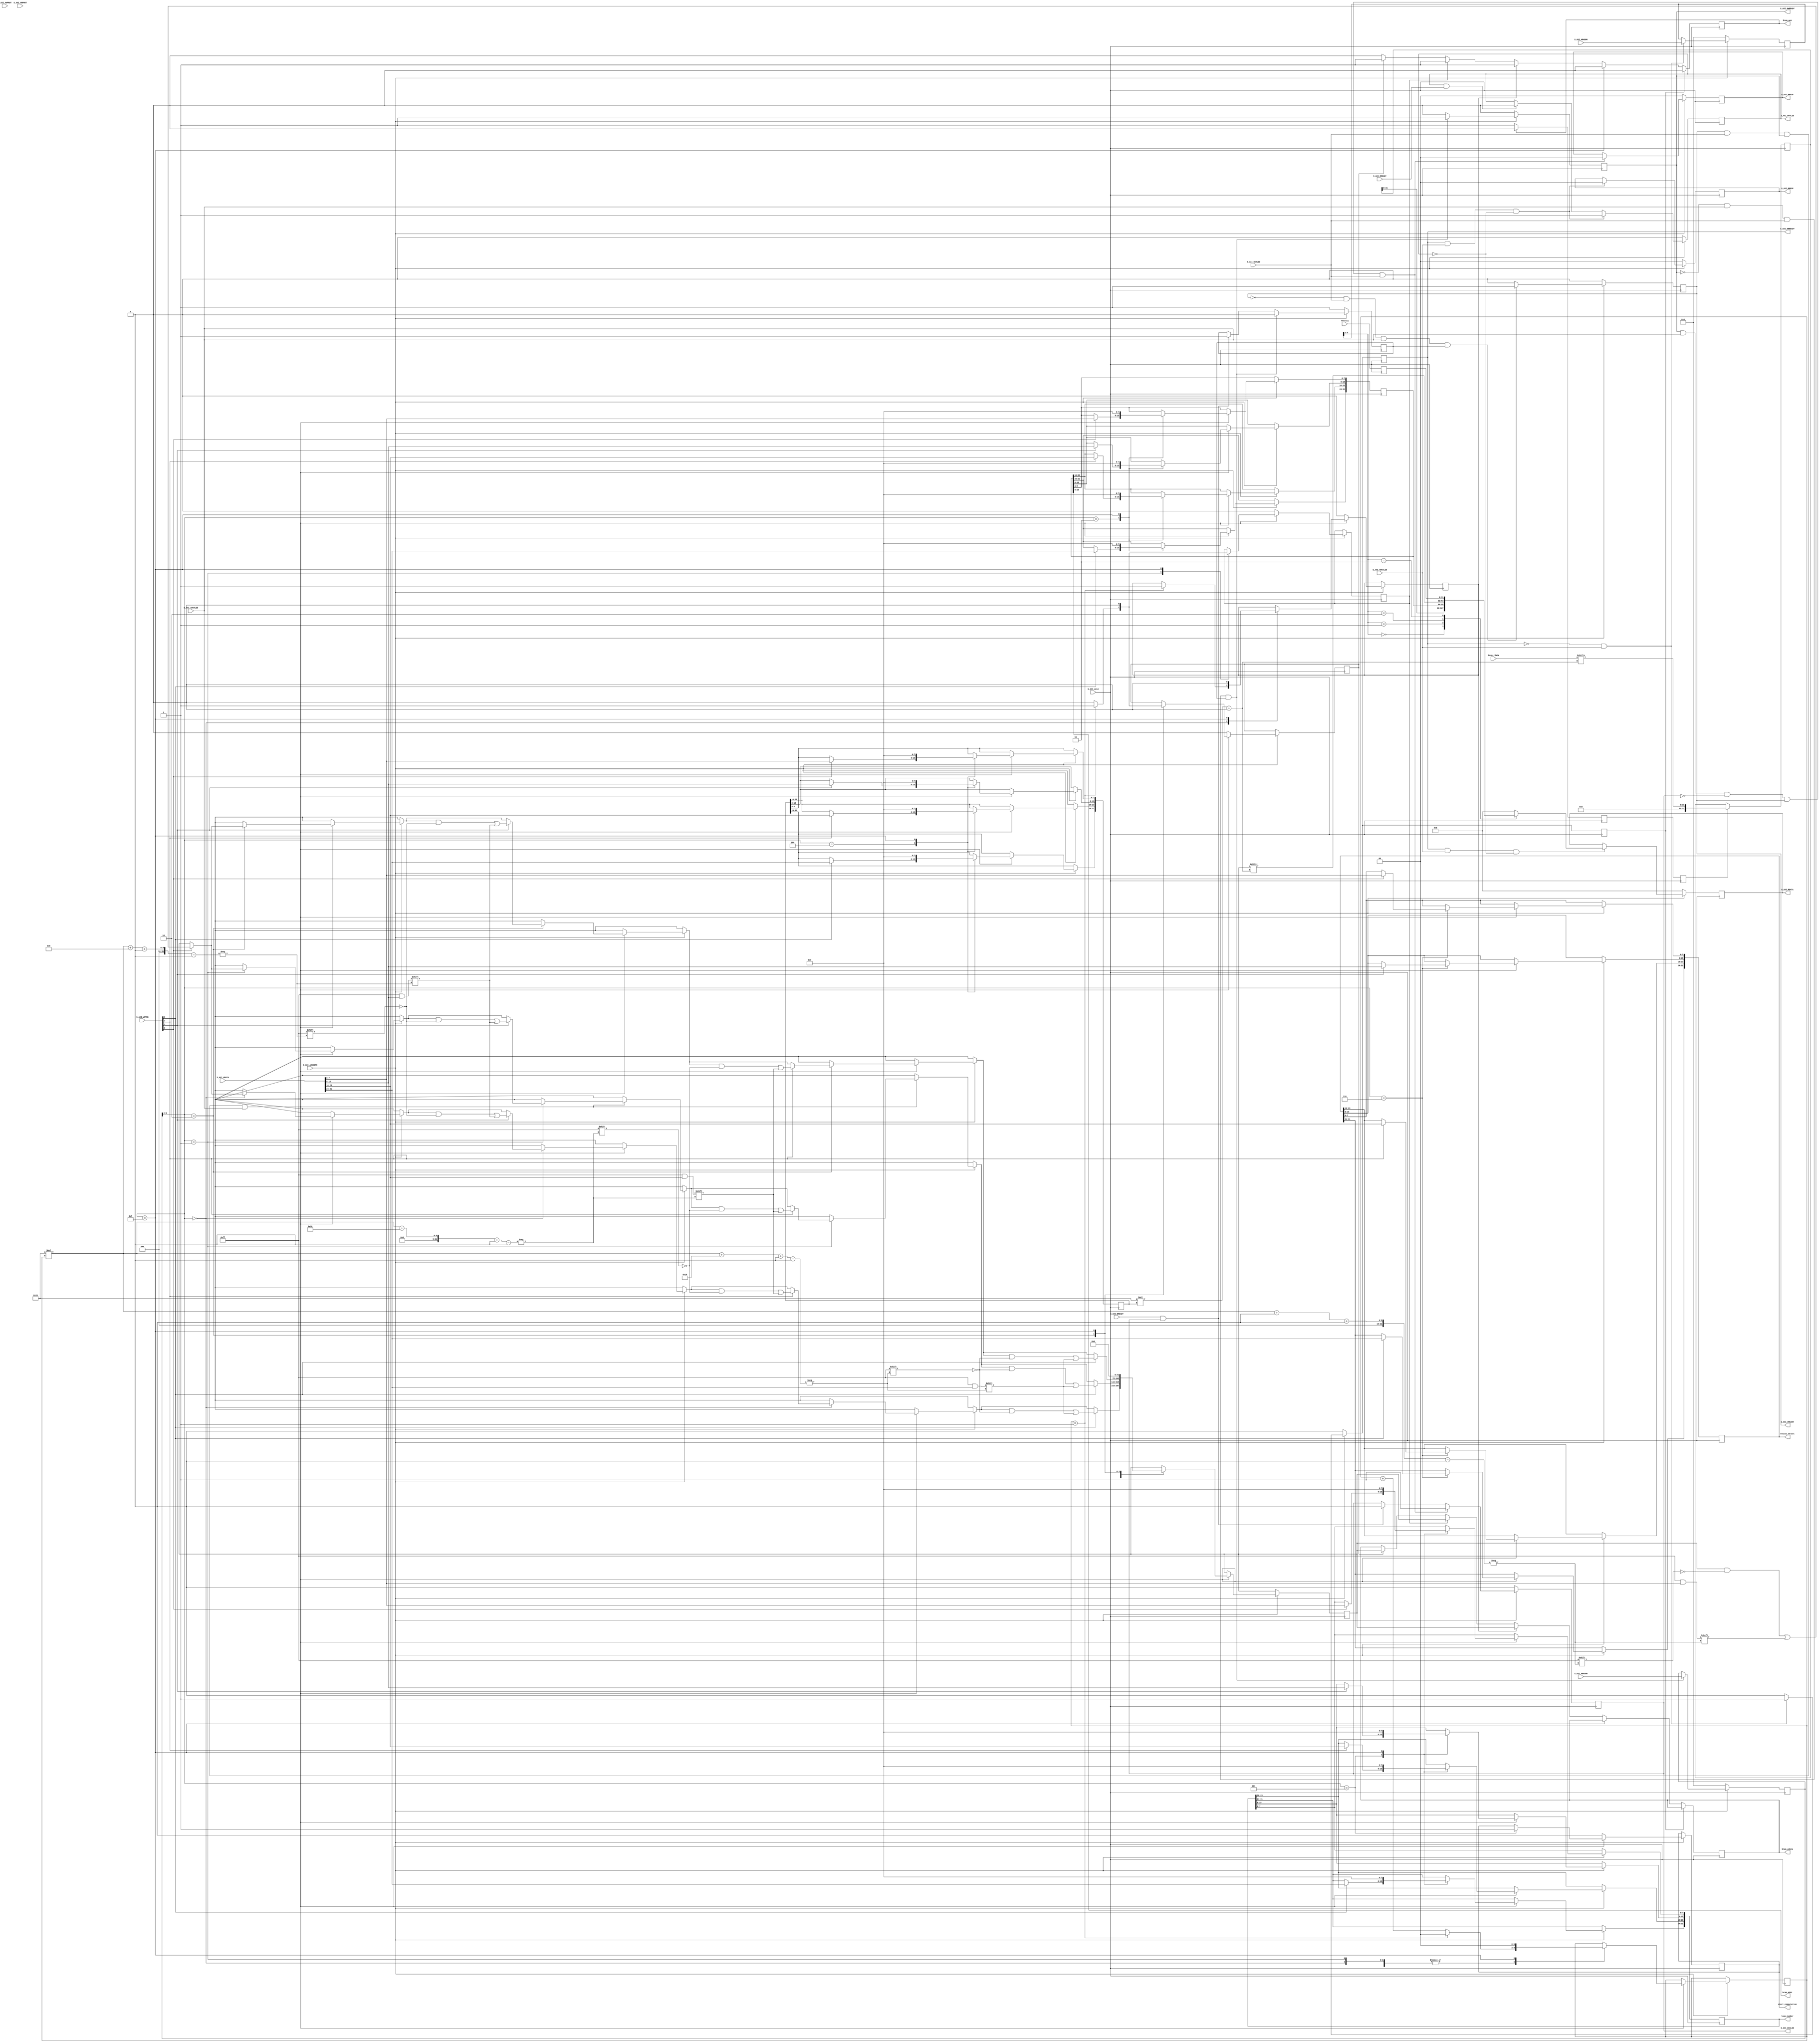

`timescale 1 ns / 1 ps

	module address_op16_100by100_v1_0_S00_AXI #
	(
		// Users to add parameters here

		// User parameters ends
		// Do not modify the parameters beyond this line

		// Width of S_AXI data bus
		parameter integer C_S_AXI_DATA_WIDTH	= 32,
		// Width of S_AXI address bus
		parameter integer C_S_AXI_ADDR_WIDTH	= 6,
		///////////////////////my parameters
		parameter integer URAM_LEN = 72, // make sure URAM_LEN % 72 = 0
        parameter integer MAX_HOLDER_COUNTER = 2, // 64/32
        parameter integer HOLDER_COUNTER_BIT = 2,
        parameter integer ADDR_BIT = 11
	)
	(
		// Users to add ports here

		// User ports ends
		// Do not modify the ports beyond this line

		// Global Clock Signal
		input wire  S_AXI_ACLK,
		// Global Reset Signal. This Signal is Active LOW
		input wire  S_AXI_ARESETN,
		// Write address (issued by master, acceped by Slave)
		input wire [C_S_AXI_ADDR_WIDTH-1 : 0] S_AXI_AWADDR,
		// Write channel Protection type. This signal indicates the
    		// privilege and security level of the transaction, and whether
    		// the transaction is a data access or an instruction access.
		input wire [2 : 0] S_AXI_AWPROT,
		// Write address valid. This signal indicates that the master signaling
    		// valid write address and control information.
		input wire  S_AXI_AWVALID,
		// Write address ready. This signal indicates that the slave is ready
    		// to accept an address and associated control signals.
		output wire  S_AXI_AWREADY,
		// Write data (issued by master, acceped by Slave) 
		input wire [C_S_AXI_DATA_WIDTH-1 : 0] S_AXI_WDATA,
		// Write strobes. This signal indicates which byte lanes hold
    		// valid data. There is one write strobe bit for each eight
    		// bits of the write data bus.    
		input wire [(C_S_AXI_DATA_WIDTH/8)-1 : 0] S_AXI_WSTRB,
		// Write valid. This signal indicates that valid write
    		// data and strobes are available.
		input wire  S_AXI_WVALID,
		// Write ready. This signal indicates that the slave
    		// can accept the write data.
		output wire  S_AXI_WREADY,
		// Write response. This signal indicates the status
    		// of the write transaction.
		output wire [1 : 0] S_AXI_BRESP,
		// Write response valid. This signal indicates that the channel
    		// is signaling a valid write response.
		output wire  S_AXI_BVALID,
		// Response ready. This signal indicates that the master
    		// can accept a write response.
		input wire  S_AXI_BREADY,
		// Read address (issued by master, acceped by Slave)
		input wire [C_S_AXI_ADDR_WIDTH-1 : 0] S_AXI_ARADDR,
		// Protection type. This signal indicates the privilege
    		// and security level of the transaction, and whether the
    		// transaction is a data access or an instruction access.
		input wire [2 : 0] S_AXI_ARPROT,
		// Read address valid. This signal indicates that the channel
    		// is signaling valid read address and control information.
		input wire  S_AXI_ARVALID,
		// Read address ready. This signal indicates that the slave is
    		// ready to accept an address and associated control signals.
		output wire  S_AXI_ARREADY,
		// Read data (issued by slave)
		output wire [C_S_AXI_DATA_WIDTH-1 : 0] S_AXI_RDATA,
		// Read response. This signal indicates the status of the
    		// read transfer.
		output wire [1 : 0] S_AXI_RRESP,
		// Read valid. This signal indicates that the channel is
    		// signaling the required read data.
		output wire  S_AXI_RVALID,
		// Read ready. This signal indicates that the master can
    		// accept the read data and response information.
		input wire  S_AXI_RREADY,
		// below are my additionals
		output wire bram_wen,
		output wire [ADDR_BIT-1:0] bram_addr,
		output wire [URAM_LEN-1:0] bram_wdata,
		output wire start_computation,
		output wire [C_S_AXI_DATA_WIDTH-1:0] loop_number,
		output wire [C_S_AXI_DATA_WIDTH-1:0] result_select,
		input wire [URAM_LEN-1:0] bram_rdata,
//		input wire resultready,
		input wire [C_S_AXI_DATA_WIDTH-1:0] result1
		
	);
	////////////////////////////////////////////////////////////////
	// my definitions:
	reg [URAM_LEN-1:0] holder = 0;
	reg [HOLDER_COUNTER_BIT-1:0] holder_counter=0; // count where to put new data into holder
	reg uram_counter=0; // used when having multiple URAMS
	reg [URAM_LEN-1:0] pipelined_output = 0;
    reg bram_wen_reg=0;
	reg [C_S_AXI_DATA_WIDTH-1:0] bram_addr_reg=0;
	reg [URAM_LEN-1:0] bram_wdata_reg = 0;
	reg outputReady_bram=0;
	reg outputReady_noise=0;
	reg outputReady_th=0;
	reg read_pipeline_reg1 = 0;
	reg read_pipeline_reg2 = 0;
	reg [C_S_AXI_DATA_WIDTH-1:0] loop_number_reg = 10;
	assign loop_number = loop_number_reg;
//	reg debug_read = 0;
//	wire [URAM_LEN-1:0]debug_wire;
//	assign debug_wire = holder;
//	integer debug_reg_number = 3;
	reg read_addr_assigned=0;
	reg [C_S_AXI_DATA_WIDTH-1:0] read_byte_select=0;
	reg [C_S_AXI_DATA_WIDTH-1:0] result1_reg=0;
	reg start_computation_reg=0;
	assign start_computation = start_computation_reg;
	reg [C_S_AXI_DATA_WIDTH-1:0] result_select_reg=0;
	assign result_select=result_select_reg;
	/////////////////////////////////////////////////////////////////
	

	// AXI4LITE signals
	reg [C_S_AXI_ADDR_WIDTH-1 : 0] 	axi_awaddr;
	reg  	axi_awready;
	reg  	axi_wready;
	reg [1 : 0] 	axi_bresp;
	reg  	axi_bvalid;
	reg [C_S_AXI_ADDR_WIDTH-1 : 0] 	axi_araddr;
	reg  	axi_arready;
	reg [C_S_AXI_DATA_WIDTH-1 : 0] 	axi_rdata;
	reg [1 : 0] 	axi_rresp;
	reg  	axi_rvalid;

	// Example-specific design signals
	// local parameter for addressing 32 bit / 64 bit C_S_AXI_DATA_WIDTH
	// ADDR_LSB is used for addressing 32/64 bit registers/memories
	// ADDR_LSB = 2 for 32 bits (n downto 2)
	// ADDR_LSB = 3 for 64 bits (n downto 3)
	localparam integer ADDR_LSB = (C_S_AXI_DATA_WIDTH/32) + 1;
	localparam integer OPT_MEM_ADDR_BITS = 3;
	//----------------------------------------------
	//-- Signals for user logic register space example
	//------------------------------------------------
	//-- Number of Slave Registers 16
//	reg [C_S_AXI_DATA_WIDTH-1:0]	slv_reg0;
//	reg [C_S_AXI_DATA_WIDTH-1:0]	slv_reg1;
//	reg [C_S_AXI_DATA_WIDTH-1:0]	slv_reg2;
//	reg [C_S_AXI_DATA_WIDTH-1:0]	slv_reg3;
//	reg [C_S_AXI_DATA_WIDTH-1:0]	slv_reg4;
//	reg [C_S_AXI_DATA_WIDTH-1:0]	slv_reg5;
//	reg [C_S_AXI_DATA_WIDTH-1:0]	slv_reg6;
//	reg [C_S_AXI_DATA_WIDTH-1:0]	slv_reg7;
//	reg [C_S_AXI_DATA_WIDTH-1:0]	slv_reg8;
//	reg [C_S_AXI_DATA_WIDTH-1:0]	slv_reg9;
//	reg [C_S_AXI_DATA_WIDTH-1:0]	slv_reg10;
//	reg [C_S_AXI_DATA_WIDTH-1:0]	slv_reg11;
//	reg [C_S_AXI_DATA_WIDTH-1:0]	slv_reg12;
//	reg [C_S_AXI_DATA_WIDTH-1:0]	slv_reg13;
//	reg [C_S_AXI_DATA_WIDTH-1:0]	slv_reg14;
//	reg [C_S_AXI_DATA_WIDTH-1:0]	slv_reg15;
	wire	 slv_reg_rden;
	wire	 slv_reg_wren;
	reg [C_S_AXI_DATA_WIDTH-1:0]	 reg_data_out;
	integer	 byte_index;
	reg	 aw_en;

	// I/O Connections assignments

	assign S_AXI_AWREADY	= axi_awready;
	assign S_AXI_WREADY	= axi_wready;
	assign S_AXI_BRESP	= axi_bresp;
	assign S_AXI_BVALID	= axi_bvalid;
	assign S_AXI_ARREADY	= axi_arready;
	assign S_AXI_RDATA	= axi_rdata;
	assign S_AXI_RRESP	= axi_rresp;
	assign S_AXI_RVALID	= axi_rvalid;
	// Implement axi_awready generation
	// axi_awready is asserted for one S_AXI_ACLK clock cycle when both
	// S_AXI_AWVALID and S_AXI_WVALID are asserted. axi_awready is
	// de-asserted when reset is low.

	always @( posedge S_AXI_ACLK )
	begin
	  if ( S_AXI_ARESETN == 1'b0 )
	    begin
	      axi_awready <= 1'b0;
	      aw_en <= 1'b1;
	    end 
	  else
	    begin    
	      if (~axi_awready && S_AXI_AWVALID && S_AXI_WVALID && aw_en)
	        begin
	          // slave is ready to accept write address when 
	          // there is a valid write address and write data
	          // on the write address and data bus. This design 
	          // expects no outstanding transactions. 
	          axi_awready <= 1'b1;
	          aw_en <= 1'b0;
	        end
	        else if (S_AXI_BREADY && axi_bvalid)
	            begin
	              aw_en <= 1'b1;
	              axi_awready <= 1'b0;
	            end
	      else           
	        begin
	          axi_awready <= 1'b0;
	        end
	    end 
	end       

	// Implement axi_awaddr latching
	// This process is used to latch the address when both 
	// S_AXI_AWVALID and S_AXI_WVALID are valid. 

	always @( posedge S_AXI_ACLK )
	begin
	  if ( S_AXI_ARESETN == 1'b0 )
	    begin
	      axi_awaddr <= 0;
	    end 
	  else
	    begin    
	      if (~axi_awready && S_AXI_AWVALID && S_AXI_WVALID && aw_en)
	        begin
	          // Write Address latching 
	          axi_awaddr <= S_AXI_AWADDR;
	        end
	    end 
	end       

	// Implement axi_wready generation
	// axi_wready is asserted for one S_AXI_ACLK clock cycle when both
	// S_AXI_AWVALID and S_AXI_WVALID are asserted. axi_wready is 
	// de-asserted when reset is low. 

	always @( posedge S_AXI_ACLK )
	begin
	  if ( S_AXI_ARESETN == 1'b0 )
	    begin
	      axi_wready <= 1'b0;
	    end 
	  else
	    begin    
	      if (~axi_wready && S_AXI_WVALID && S_AXI_AWVALID && aw_en )
	        begin
	          // slave is ready to accept write data when 
	          // there is a valid write address and write data
	          // on the write address and data bus. This design 
	          // expects no outstanding transactions. 
	          axi_wready <= 1'b1;
	        end
	      else
	        begin
	          axi_wready <= 1'b0;
	        end
	    end 
	end       

	// Implement memory mapped register select and write logic generation
	// The write data is accepted and written to memory mapped registers when
	// axi_awready, S_AXI_WVALID, axi_wready and S_AXI_WVALID are asserted. Write strobes are used to
	// select byte enables of slave registers while writing.
	// These registers are cleared when reset (active low) is applied.
	// Slave register write enable is asserted when valid address and data are available
	// and the slave is ready to accept the write address and write data.
	assign slv_reg_wren = axi_wready && S_AXI_WVALID && axi_awready && S_AXI_AWVALID;

	always @( posedge S_AXI_ACLK )
	begin
	  if ( S_AXI_ARESETN == 1'b0 )
	    begin
//	      slv_reg0 <= 0;
//	      slv_reg1 <= 0;
//	      slv_reg2 <= 0;
//	      slv_reg3 <= 0;
//	      slv_reg4 <= 0;
//	      slv_reg5 <= 0;
//	      slv_reg6 <= 0;
//	      slv_reg7 <= 0;
//	      slv_reg8 <= 0;
//	      slv_reg9 <= 0;
//	      slv_reg10 <= 0;
//	      slv_reg11 <= 0;
//	      slv_reg12 <= 0;
//	      slv_reg13 <= 0;
//	      slv_reg14 <= 0;
//	      slv_reg15 <= 0;
	    end 
	  else begin
	    if (slv_reg_wren)
	      begin
	        case ( axi_awaddr[ADDR_LSB+OPT_MEM_ADDR_BITS:ADDR_LSB] )
                4'h0: // writing to bram_of_matrix
                    begin
                        if(holder_counter == MAX_HOLDER_COUNTER-1) begin
                            holder_counter <= 0;
                            outputReady_bram <=1'b1;
                        end else begin 
//                            outputReady_bram <=1'b0;
                            holder_counter <= holder_counter + 1;
                        end
                        for (byte_index = 0; byte_index <= (C_S_AXI_DATA_WIDTH/8)-1; byte_index = byte_index+1)
                           if ( S_AXI_WSTRB[byte_index] == 1 ) begin
                                holder[C_S_AXI_DATA_WIDTH*holder_counter+(byte_index*8) +: 8] <= S_AXI_WDATA[(byte_index*8) +: 8];
                           end
                    end
                4'h1: // writing to bram_of_noise
                    begin
                        if(holder_counter == MAX_HOLDER_COUNTER-1) begin
                            holder_counter <= 0;
                            outputReady_noise <=1'b1;
                        end else begin 
                            outputReady_noise <=1'b0;
                            holder_counter <= holder_counter + 1;
                        end
                        for (byte_index = 0; byte_index <= (C_S_AXI_DATA_WIDTH/8)-1; byte_index = byte_index+1)
                           if ( S_AXI_WSTRB[byte_index] == 1 ) begin
                                holder[C_S_AXI_DATA_WIDTH*holder_counter+(byte_index*8) +: 8] <= S_AXI_WDATA[(byte_index*8) +: 8];
                           end
                    end
                4'h2: // writing to bram_of_threshold
                    begin
                        if(holder_counter == MAX_HOLDER_COUNTER-1) begin
                            holder_counter <= 0;
                            outputReady_th <=1'b1;
                        end else begin 
                            outputReady_th <=1'b0;
                            holder_counter <= holder_counter + 1;
                        end
                        for (byte_index = 0; byte_index <= (C_S_AXI_DATA_WIDTH/8)-1; byte_index = byte_index+1)
                           if ( S_AXI_WSTRB[byte_index] == 1 ) begin
                                holder[C_S_AXI_DATA_WIDTH*holder_counter+(byte_index*8) +: 8] <= S_AXI_WDATA[(byte_index*8) +: 8];
                           end
                    end
                4'h3: // writing to bram_addr_reg
                    begin
                        for (byte_index = 0; byte_index <= (C_S_AXI_DATA_WIDTH/8)-1; byte_index = byte_index+1)
                           if ( S_AXI_WSTRB[byte_index] == 1 ) begin
                                bram_addr_reg[(byte_index*8) +: 8] <= S_AXI_WDATA[(byte_index*8) +: 8];
                           end
                    end
                4'h4: // writing to read_byte_select
                    begin
                        for (byte_index = 0; byte_index <= (C_S_AXI_DATA_WIDTH/8)-1; byte_index = byte_index+1)
                           if ( S_AXI_WSTRB[byte_index] == 1 ) begin
                                read_byte_select[(byte_index*8) +: 8] <= S_AXI_WDATA[(byte_index*8) +: 8];
                           end
                    end
                4'h5: // writing to read_byte_select
                    begin
                        start_computation_reg <= 1'b1;
                        for (byte_index = 0; byte_index <= (C_S_AXI_DATA_WIDTH/8)-1; byte_index = byte_index+1)
                           if ( S_AXI_WSTRB[byte_index] == 1 ) begin
                                loop_number_reg[(byte_index*8) +: 8] <= S_AXI_WDATA[(byte_index*8) +: 8];
                           end
                    end
                4'h6:
                    begin
                        for (byte_index = 0; byte_index <= (C_S_AXI_DATA_WIDTH/8)-1; byte_index = byte_index+1)
                           if ( S_AXI_WSTRB[byte_index] == 1 ) begin
                                result_select_reg[(byte_index*8) +: 8] <= S_AXI_WDATA[(byte_index*8) +: 8];
                           end
                    end
                4'hF: // reset all
                    begin
                       holder <= 0;
                       holder_counter <= 0;
                       outputReady_bram<=0;
                       outputReady_th<=0;
                       outputReady_noise<=0;
                       read_byte_select<=0;
                       bram_addr_reg<=0;
                       loop_number_reg<=0;
                    end
            endcase
	      end
	    else begin
	       start_computation_reg <= 1'b0;
	       outputReady_bram <=1'b0;
	       outputReady_noise <=1'b0;
	       outputReady_th <=1'b0;
	    end
	  end
	end    

	// Implement write response logic generation
	// The write response and response valid signals are asserted by the slave 
	// when axi_wready, S_AXI_WVALID, axi_wready and S_AXI_WVALID are asserted.  
	// This marks the acceptance of address and indicates the status of 
	// write transaction.

	always @( posedge S_AXI_ACLK )
	begin
	  if ( S_AXI_ARESETN == 1'b0 )
	    begin
	      axi_bvalid  <= 0;
	      axi_bresp   <= 2'b0;
	    end 
	  else
	    begin    
	      if (axi_awready && S_AXI_AWVALID && ~axi_bvalid && axi_wready && S_AXI_WVALID)
	        begin
	          // indicates a valid write response is available
	          axi_bvalid <= 1'b1;
	          axi_bresp  <= 2'b0; // 'OKAY' response 
	        end                   // work error responses in future
	      else
	        begin
	          if (S_AXI_BREADY && axi_bvalid) 
	            //check if bready is asserted while bvalid is high) 
	            //(there is a possibility that bready is always asserted high)   
	            begin
	              axi_bvalid <= 1'b0; 
	            end  
	        end
	    end
	end   

	// Implement axi_arready generation
	// axi_arready is asserted for one S_AXI_ACLK clock cycle when
	// S_AXI_ARVALID is asserted. axi_awready is 
	// de-asserted when reset (active low) is asserted. 
	// The read address is also latched when S_AXI_ARVALID is 
	// asserted. axi_araddr is reset to zero on reset assertion.

	always @( posedge S_AXI_ACLK )
	begin
	  if ( S_AXI_ARESETN == 1'b0 )
	    begin
	      axi_arready <= 1'b0;
	      axi_araddr  <= 32'b0;
	      read_addr_assigned <= 1'b0;
	    end 
	  else
	    begin    
	      if (~axi_arready && S_AXI_ARVALID)
	        begin
	          // indicates that the slave has acceped the valid read address
	          axi_arready <= 1'b1;
	          // Read address latching
	          axi_araddr  <= S_AXI_ARADDR;
//	          if(S_AXI_ARADDR[ADDR_LSB+OPT_MEM_ADDR_BITS:ADDR_LSB]==debug_reg_number) begin
//	             debug_read <=1;
//	          end else begin
//	             debug_read <=0;
//	          end
	          read_addr_assigned <= 1'b1;
	        end
	      else
	        begin
	          axi_arready <= 1'b0;
	          read_addr_assigned <= 1'b0;
	        end
	    end 
	end        

	// Implement axi_arvalid generation
	// axi_rvalid is asserted for one S_AXI_ACLK clock cycle when both 
	// S_AXI_ARVALID and axi_arready are asserted. The slave registers 
	// data are available on the axi_rdata bus at this instance. The 
	// assertion of axi_rvalid marks the validity of read data on the 
	// bus and axi_rresp indicates the status of read transaction.axi_rvalid 
	// is deasserted on reset (active low). axi_rresp and axi_rdata are 
	// cleared to zero on reset (active low).  
	always @( posedge S_AXI_ACLK )
	begin
	  if ( S_AXI_ARESETN == 1'b0 )
	    begin
	      axi_rvalid <= 0;
	      axi_rresp  <= 0;
	    end 
	  else
	    begin    
	      if (axi_arready && S_AXI_ARVALID && ~axi_rvalid)
	        begin
	          // Valid read data is available at the read data bus
	          axi_rvalid <= 1'b1;
	          axi_rresp  <= 2'b0; // 'OKAY' response
	        end   
	      else if (axi_rvalid && S_AXI_RREADY)
	        begin
	          // Read data is accepted by the master
	          axi_rvalid <= 1'b0;
	        end                
	    end
	end    

	// Implement memory mapped register select and read logic generation
	// Slave register read enable is asserted when valid address is available
	// and the slave is ready to accept the read address.
	assign slv_reg_rden = axi_arready & S_AXI_ARVALID & ~axi_rvalid;
//	always @(*) begin
//	   reg_data_out <= pipelined_output;
//	end
	
	always @(posedge S_AXI_ACLK)
	begin
	      // Address decoding for reading registers
	    if(read_addr_assigned) begin
           bram_wen_reg<=1'b0;
        end else if(axi_awaddr[ADDR_LSB+OPT_MEM_ADDR_BITS:ADDR_LSB] == 4'hf) begin
           bram_wen_reg<=1'b0;
        end else if (outputReady_bram ==1'b1) begin
	       bram_wen_reg<=1'b1;
	       bram_wdata_reg <= holder;
        end else if (outputReady_noise ==1'b1) begin
           bram_wen_reg<=1'b1;
	       bram_wdata_reg <= holder;
	    end else if (outputReady_th ==1'b1) begin
           bram_wen_reg<=1'b1;
	       bram_wdata_reg <= holder;
        end
        
        //////////////////////////////////////!!!!!!!!!!!!!!!!!!!!!!!!!!!!!!!!!!!!!!!!!!
        // we need to change the following code in order to do continous read
        else if(bram_wen_reg == 1'b1) begin
            bram_wen_reg <=0;
        end
        
        if(bram_wen_reg == 0) read_pipeline_reg1 <= 1'b1;
        else read_pipeline_reg1 <= 1'b0;
        
        read_pipeline_reg2 <= read_pipeline_reg1;
        
        if (read_pipeline_reg2 == 1'b1) begin
            pipelined_output <= bram_rdata[C_S_AXI_DATA_WIDTH*read_byte_select+: C_S_AXI_DATA_WIDTH];
        end
	end
	always @(*)
	begin
	      // Address decoding for reading registers
	      case ( axi_araddr[ADDR_LSB+OPT_MEM_ADDR_BITS:ADDR_LSB] )
	        4'h0   : reg_data_out <= pipelined_output; // read pipelined bram output
	        4'h1   : reg_data_out <= bram_addr_reg; // see bram_addr_reg
	        4'h2   : reg_data_out <= holder[C_S_AXI_DATA_WIDTH*read_byte_select +: C_S_AXI_DATA_WIDTH]; // see holder with read_byte_select
	        4'h3   : // reading results
	           begin
	               reg_data_out <= result1_reg;
	           end
	        default : reg_data_out <= 0;
	        
	      endcase
	end
	
	always @( posedge S_AXI_ACLK )
	begin
//	   if(resultready == 1'b1)
	       result1_reg<=result1;
	end

	// Output register or memory read data
	always @( posedge S_AXI_ACLK )
	begin
	  if ( S_AXI_ARESETN == 1'b0 )
	    begin
	      axi_rdata  <= 0;
	    end 
	  else
	    begin    
	      // When there is a valid read address (S_AXI_ARVALID) with 
	      // acceptance of read address by the slave (axi_arready), 
	      // output the read data 
	      if (slv_reg_rden)
	        begin
	          axi_rdata <= reg_data_out;     // register read data
	        end   
	    end
	end    

	// Add user logic here
    assign bram_wen = bram_wen_reg;
    assign bram_addr = bram_addr_reg[ADDR_BIT-1:0];
    assign bram_wdata = bram_wdata_reg;
	// User logic ends

	endmodule